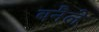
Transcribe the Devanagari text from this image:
बनैले